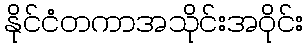
နိုင်ငံတကာအသိုင်းအဝိုင်း